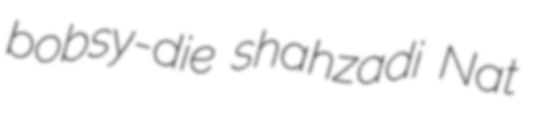
bobsy-die shahzadi Nat